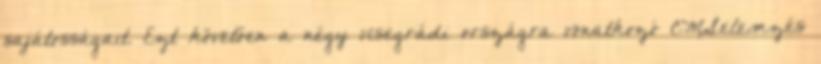
sajátosságait. Ezt követően a négy visegrádi országra vonatkozó CMSelemzés